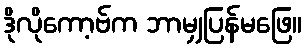
ဒိုလိုကော့ဗ်က ဘာမျှပြန်မဖြေ။